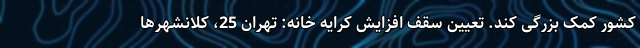
کشور کمک بزرگی کند. تعیین سقف افزایش کرایه خانه: تهران 25، کلانشهرها